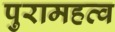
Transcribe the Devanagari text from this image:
पुरामहत्व